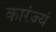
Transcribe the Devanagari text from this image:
कारंज्यं